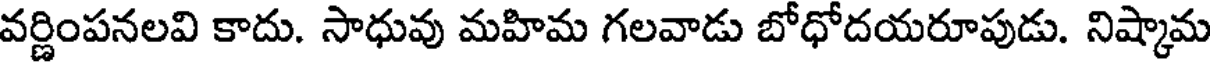
వర్ణింపనలవి కాదు. సాధువు మహిమ గలవాడు బోధోదయరూపుడు. నిష్కామ